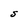
Character: S